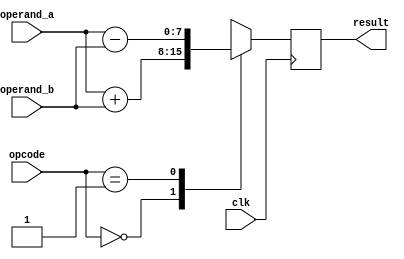
module alu( clk, operand_a, operand_b, opcode, result);
    parameter DATA_WIDTH = 8;

    input clk;
    input[DATA_WIDTH-1:0]operand_a,operand_b;
    input [3:0] opcode;
    output reg[DATA_WIDTH-1:0] result;
    
  always@(posedge clk)
    begin
     case(opcode)
        4'b0000: //Addition
           result <= operand_a + operand_b ; 
        4'b0001: //Subtraction 
           result <= operand_a - operand_b;
        default: result <= 8'bx; 
     endcase
     
    end
endmodule